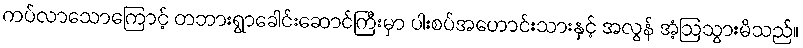
ကပ်လာသောကြောင့် တဘားရွာခေါင်းဆောင်ကြီးမှာ ပါးစပ်အဟောင်းသားနှင့် အလွန် အံ့ဩသွားမိသည်။